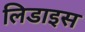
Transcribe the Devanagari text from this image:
लिडाइस